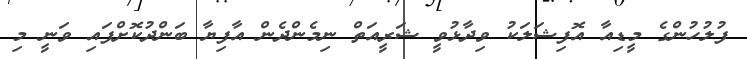
ފުލުހުންގެ މީޑިއާ އޮފިޝަލަކު ވިދާޅުވީ ޝަރީއަތް ނިމެންދެން އާފިޔާ ބަންދުކޮށްފައި ވަނީ މި